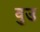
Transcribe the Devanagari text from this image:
वुउ